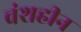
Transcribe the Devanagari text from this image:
वंशहीन